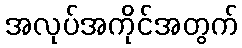
အလုပ်အကိုင်အတွက်